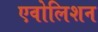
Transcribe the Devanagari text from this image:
एवोलिशन